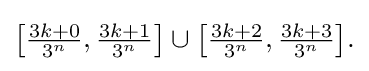
{\textstyle \left[{\frac {3k+0}{3^{n}}},{\frac {3k+1}{3^{n}}}\right]\cup \left[{\frac {3k+2}{3^{n}}},{\frac {3k+3}{3^{n}}}\right]\!.}